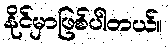
နိုင်မှာဖြစ်ပါတယ်။